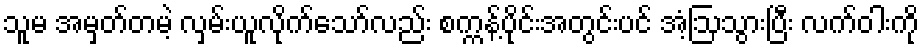
သူမ အမှတ်တမဲ့ လှမ်းယူလိုက်သော်လည်း စက္ကန့်ပိုင်းအတွင်းပင် အံ့ဩသွားပြီး လက်ဝါးကို